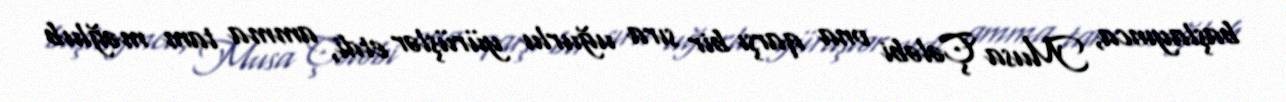
başlayınca, Musa Çələbi ona qarşı bir sıra uğurlu yürüşlər etdi, amma tam məğlub